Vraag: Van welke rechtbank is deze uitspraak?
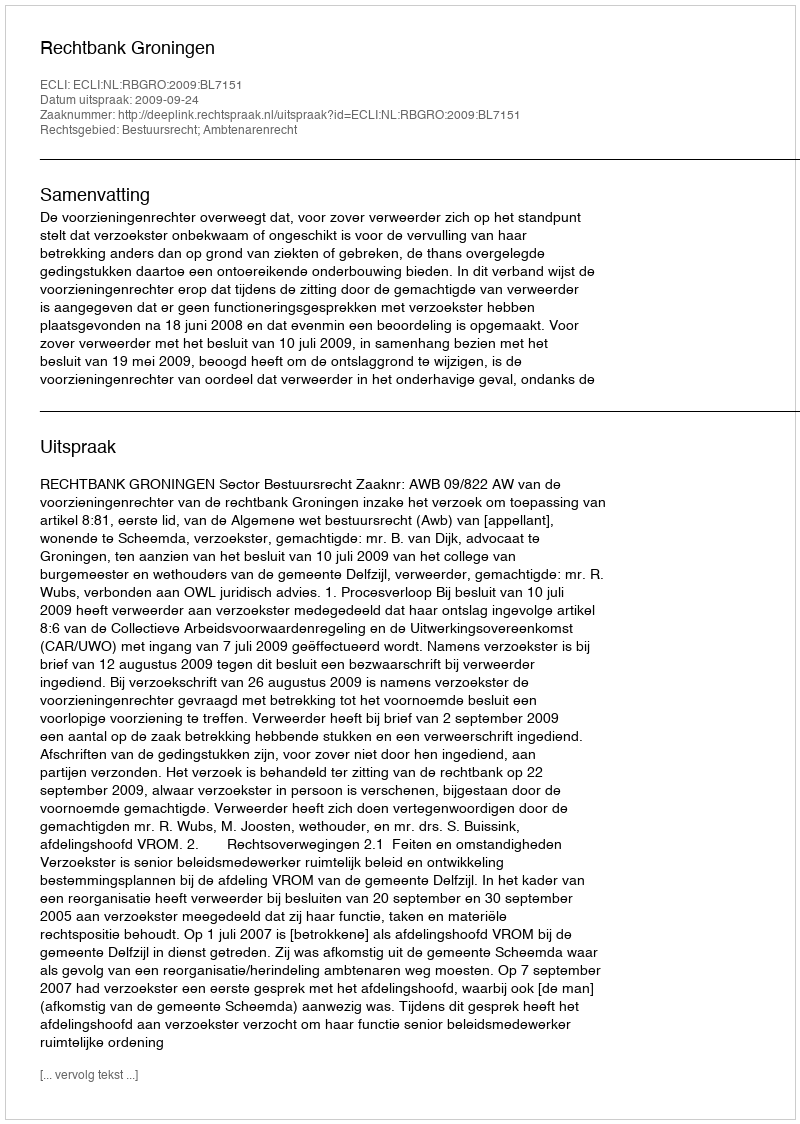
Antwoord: Rechtbank Groningen